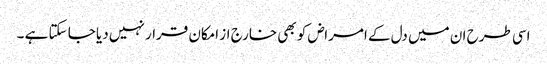
اسی طرح ان میں دل کے امراض کو بھی خارج از امکان قرار نہیں دیا جا سکتا ہے ۔